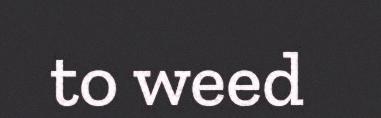
to weed